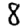
Digit: 8